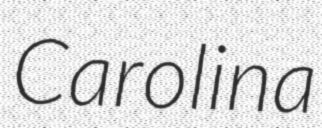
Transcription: Carolina